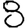
Digit: 8